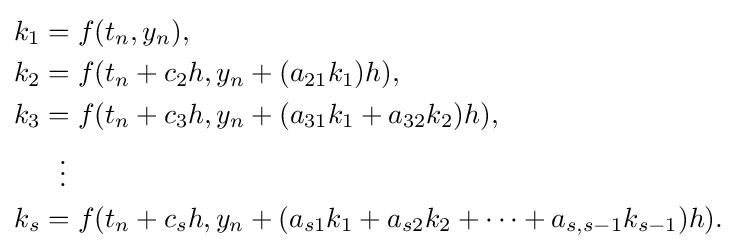
{\begin{aligned}k_{1}&=f(t_{n},y_{n}),\\k_{2}&=f(t_{n}+c_{2}h,y_{n}+(a_{21}k_{1})h),\\k_{3}&=f(t_{n}+c_{3}h,y_{n}+(a_{31}k_{1}+a_{32}k_{2})h),\\&\ \ \vdots \\k_{s}&=f(t_{n}+c_{s}h,y_{n}+(a_{s1}k_{1}+a_{s2}k_{2}+\cdots +a_{s,s-1}k_{s-1})h).\end{aligned}}